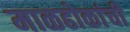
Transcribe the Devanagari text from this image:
माळढोकांची